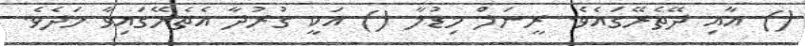
() އާއި ދޭތެރޭގައެވެ. ރީނަލް މިޑުލާ () އަކީ ގުރުދާ އެތެރޭގައިވާ މަދެވެ.